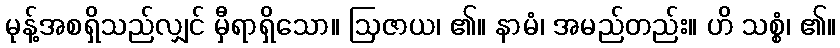
မုန့်အစရှိသည်လျှင် မှီရာရှိသော။ ဩဇာယ၊ ၏။ နာမံ၊ အမည်တည်း။ ဟိ သစ္စံ၊ ၏။